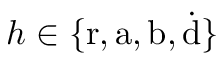
h \in \{ \mathrm { r } , \mathrm { a } , \mathrm { b } , \dot { \mathrm { d } } \}